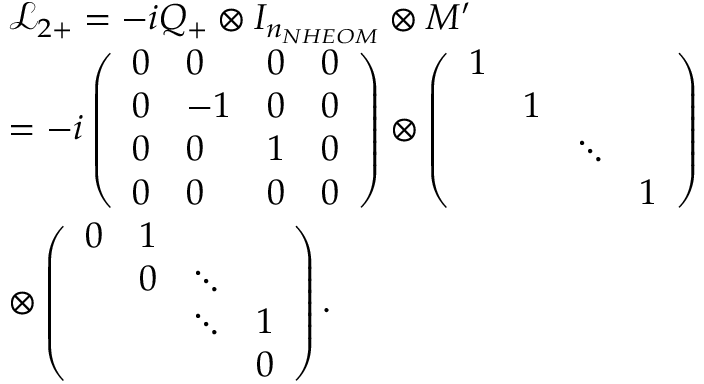
\begin{array} { r l } & { { \mathcal { L } _ { 2 + } } = - i Q _ { + } \otimes { { I } _ { { { n } _ { N H E O M } } } } \otimes M ^ { \prime } } \\ & { = - i \left( \begin{array} { l l l l } { 0 } & { 0 } & { 0 } & { 0 } \\ { 0 } & { - 1 } & { 0 } & { 0 } \\ { 0 } & { 0 } & { 1 } & { 0 } \\ { 0 } & { 0 } & { 0 } & { 0 } \end{array} \right) \otimes \left( \begin{array} { l l l l } { 1 } & { } & { } & { } \\ { } & { 1 } & { } & { } \\ { } & { } & { \ddots } & { } \\ { } & { } & { } & { 1 } \end{array} \right) } \\ & { \otimes \left( \begin{array} { l l l l } { 0 } & { 1 } & { } & { } \\ { } & { 0 } & { \ddots } & { } \\ { } & { } & { \ddots } & { 1 } \\ { } & { } & { } & { 0 } \end{array} \right) . } \end{array}